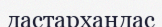
дастархандас